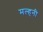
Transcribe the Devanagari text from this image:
मल्‍हनी